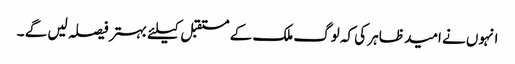
انہوں نے امید ظاہر کی کہ لوگ ملک کے مستقبل کیلئے بہتر فیصلہ لیں گے ۔